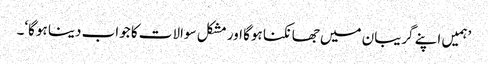
’ہمیں اپنے گریبان میں جھانکنا ہوگا اور مشکل سوالات کا جواب دینا ہوگا‘۔